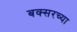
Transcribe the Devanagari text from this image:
बक्सरच्या